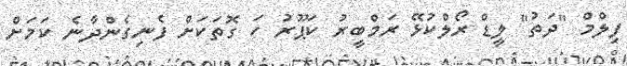
ފިލްމް "ދަތު" ލީޑް ރޯލްކުޅޭ ރަމްބީރު ކަޕޫރު ހަ ގޮތަކަށް ފެނިގެންދާނެ ކަމަށް